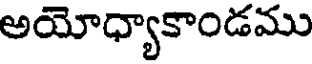
అయోధ్యాకాండము